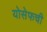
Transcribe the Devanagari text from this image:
योसेफची